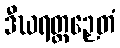
ဒီဃရတ္တဉှေတံ